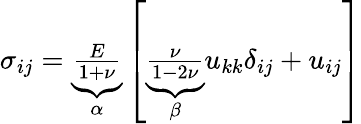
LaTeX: \begin{array}{r}{\sigma_{ij}=\underbrace{\frac{E}{1+\nu}}_{\alpha}\left[\underbrace{\frac{\nu}{1-2\nu}}_{\beta}u_{kk}\delta_{ij}+u_{ij}\right]}\end{array}